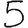
Digit: 5